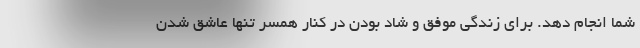
شما انجام دهد. برای زندگی موفق و شاد بودن در کنار همسر تنها عاشق شدن